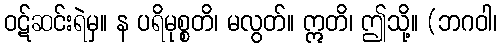
ဝဋ်ဆင်းရဲမှ။ န ပရိမုစ္စတိ၊ မလွတ်။ ဣတိ၊ ဤသို့။ (ဘဂဝါ၊